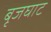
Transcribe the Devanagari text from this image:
बृजघाट